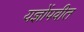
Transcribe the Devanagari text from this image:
यज्ञोंपवीत